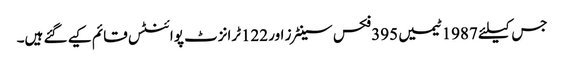
جس کیلئے 1987ٹیمیں 395فکس سینٹرز اور 122ٹرانزٹ پوائنٹس قائم کیے گئے ہیں۔